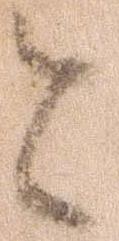
と